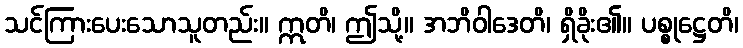
သင်ကြားပေးသောသူတည်း။ ဣတိ၊ ဤသို့။ အဘိဝါဒေတိ၊ ရှိခိုး၏။ ပစ္စုဋ္ဌေတိ၊